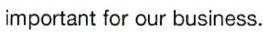
important for our business.